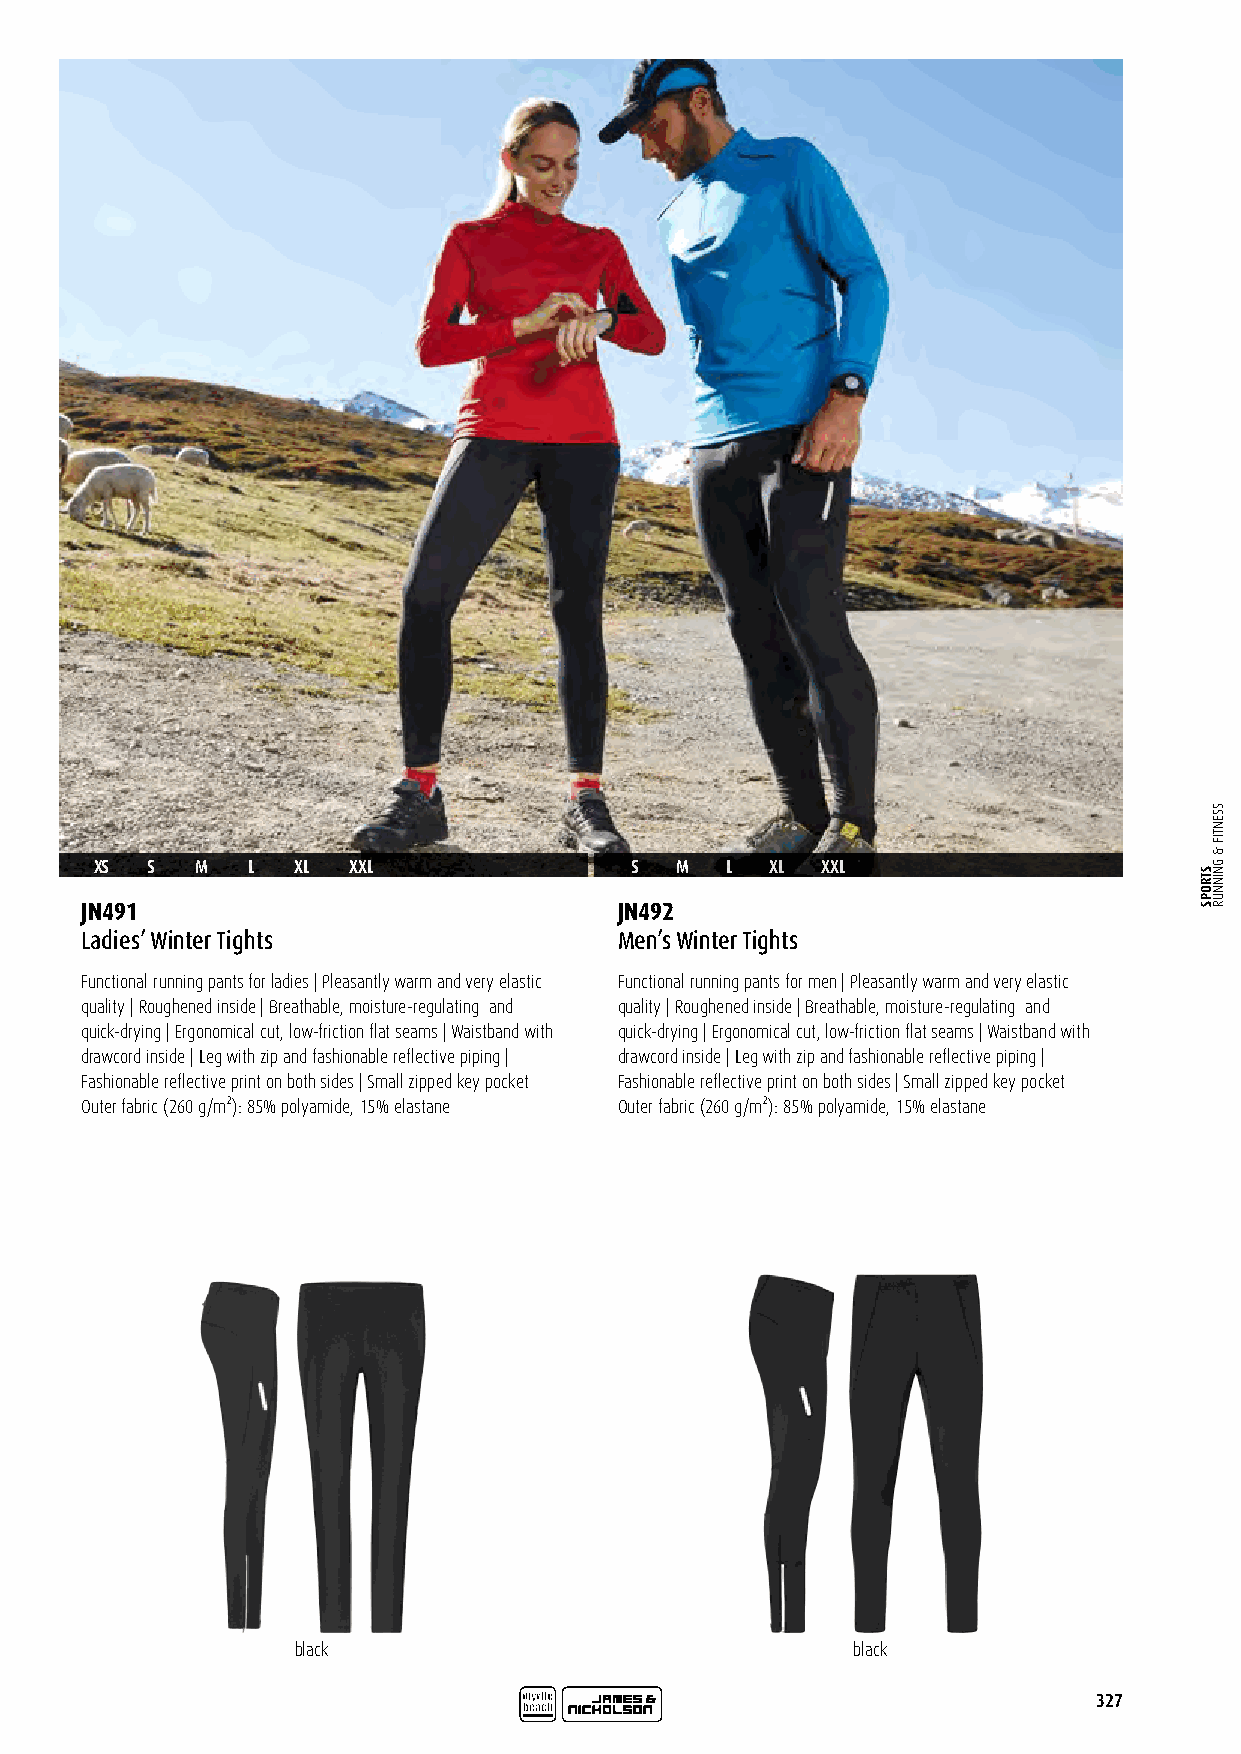
XS  S  M  L   XL XXL                S  M  L  XL XXL
 JN491                               JN492
 Ladies’ Winter Tights               Men’s Winter Tights
 Functional running pants for ladies | Pleasantly warm and very elastic Functional running pants for men | Pleasantly warm and very elastic
 quality | Roughened inside | Breathable, moisture-regulating and quality | Roughened inside | Breathable, moisture-regulating and
 quick-drying | Ergonomical cut, low-friction flat seams | Waistband with quick-drying | Ergonomical cut, low-friction flat seams | Waistband with
 drawcord inside | Leg with zip and fashionable reflective piping | drawcord inside | Leg with zip and fashionable reflective piping |
 Fashionable reflective print on both sides | Small zipped key pocket Fashionable reflective print on both sides | Small zipped key pocket
 Outer fabric (260 g/m²): 85% polyamide, 15% elastane Outer fabric (260 g/m²): 85% polyamide, 15% elastane
 black                                black
 327
 STROPS
 SSENTIF
 &
 GNINNUR